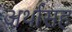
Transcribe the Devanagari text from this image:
अर्थासह